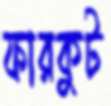
ফারকুট